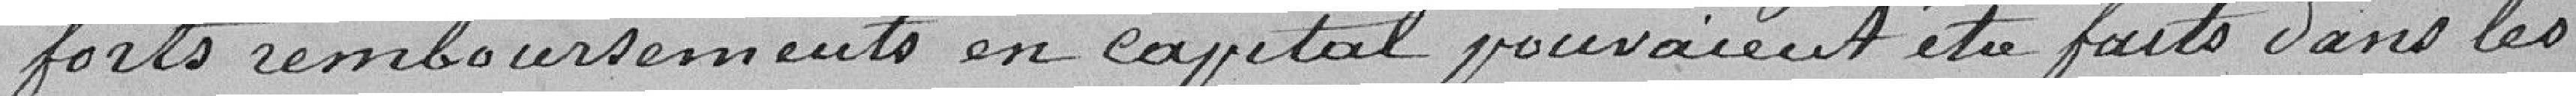
forts remboursements en capital pouvaient être faits dans les